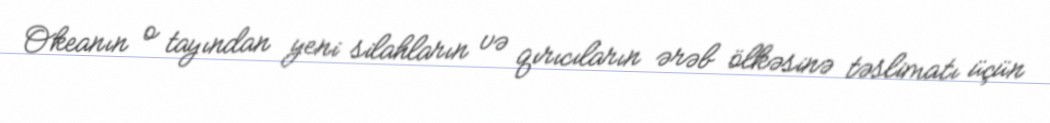
Okeanın o tayından yeni silahların və qırıcıların ərəb ölkəsinə təslimatı üçün